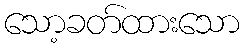
သော့ခတ်ထားသော